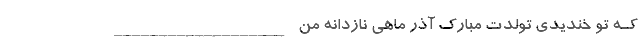
کـه تو خندیدی تولدت مبارک آذر ماهی نازدانه من ___________________